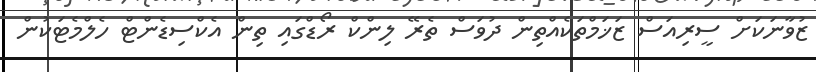
ޒުވާނަކަށް ސީރިއަސް ޒަޚަމްތަކެއްތިން ދުވަސް ތެރޭ ލިންކް ރޯޑްގައި ތިން އެކްސިޑެންޓް ހެލްމެޓަކުން